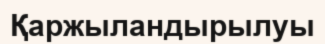
Қаржыландырылуы